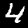
Digit: 4